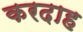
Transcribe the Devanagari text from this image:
करदाह